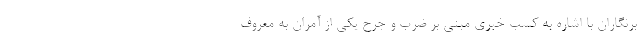
برنگاران با اشاره به کسب خبری مبنی بر ضرب و جرح یکی از آمران به معروف